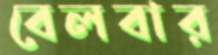
বেলবার